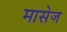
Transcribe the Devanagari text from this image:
मासेज